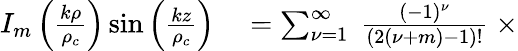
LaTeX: \begin{array}{rl}{I_{m}\left(\frac{k\rho}{\rho_{c}}\right)\sin\left(\frac{kz}{\rho_{c}}\right)}&{{}=\sum_{{\nu}=1}^{\infty}\ \frac{(-1)^{{\nu}}}{(2({\nu}+m)-1)!}\ \times}\end{array}